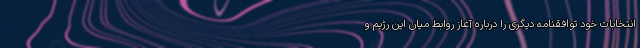
انتخابات خود توافقنامه دیگری را درباره آغاز روابط میان این رژیم و